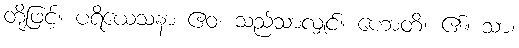
တို့ဖြင့်။ ပရိယေသနာ ဧဝ၊ သည်သာလျှင်။ ဟောတိ၊ ၏။ သာ၊